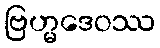
ဗြဟ္မဒေဝဿ